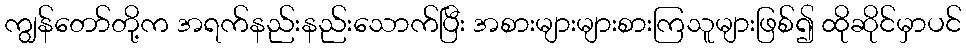
ကျွန်တော်တို့က အရက်နည်းနည်းသောက်ပြီး အစားများများစားကြသူများဖြစ်၍ ထိုဆိုင်မှာပင်